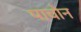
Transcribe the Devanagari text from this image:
पाचोन